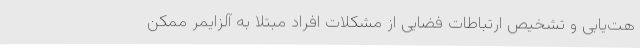
هت‌یابی و تشخیص ارتباطات فضایی از مشکلات افراد مبتلا به آلزایمر ممکن